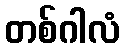
တစ်ဂါလံ